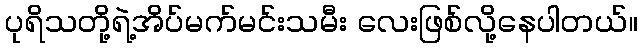
ပုရိသတို့ရဲ့အိပ်မက်မင်းသမီး လေးဖြစ်လို့နေပါတယ်။